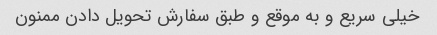
خیلی سریع و به موقع و طبق سفارش تحویل دادن ممنون